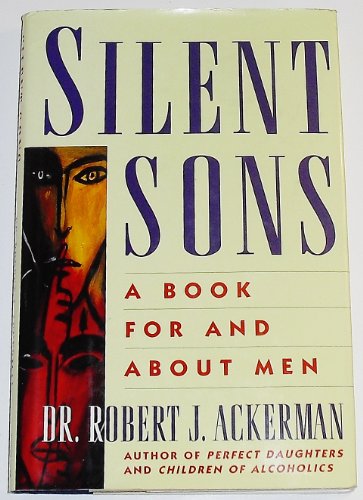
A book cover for Silent Sons; Robert J. Ackerman; Parenting & Relationships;